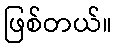
ဖြစ်တယ်။